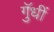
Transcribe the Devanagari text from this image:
गुॅधीं